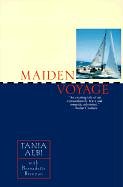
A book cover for Maiden Voyage; Tania Aebi; Teen & Young Adult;